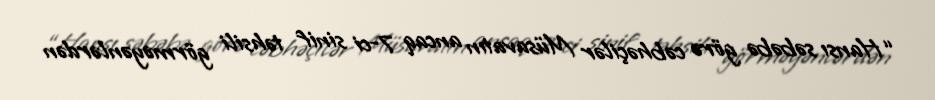
“Hansı səbəbə görə cəbhəçilər Müsavatın ancaq 7-ci sinif təhsili görməyənlərdən